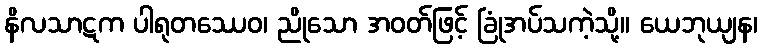
နိလသာဋက ပါရုတဿေဝ၊ ညိုသော အဝတ်ဖြင့် ခြုံအပ်သကဲ့သို့။ ယေဘုယျန၊